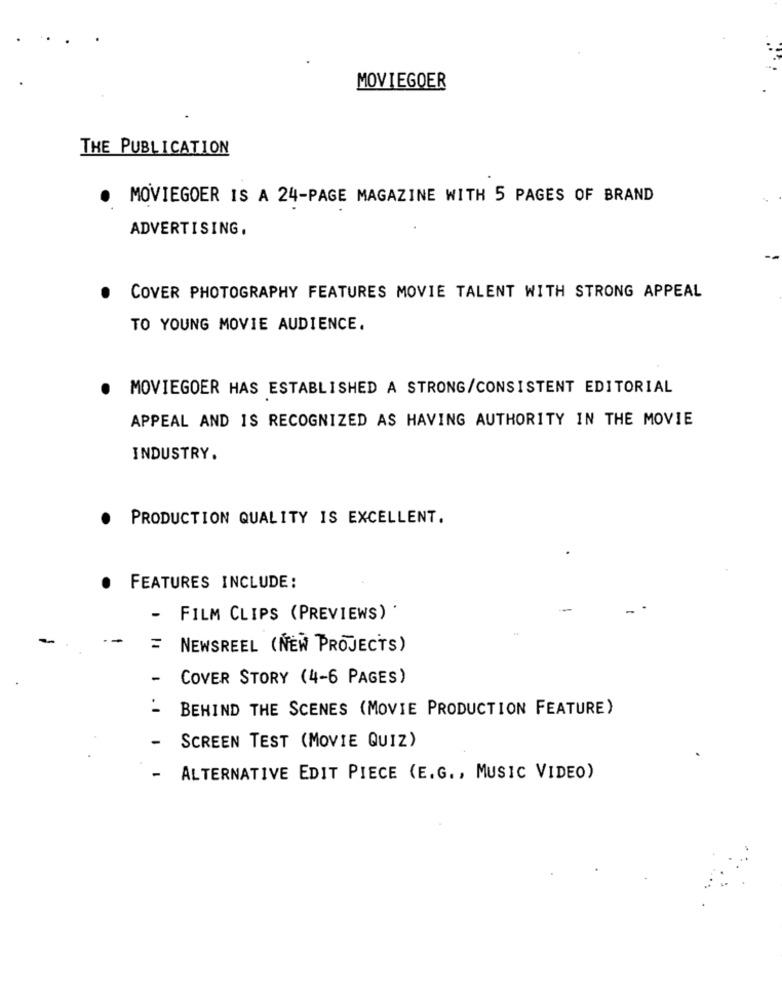
MOVIEGOER
THE PUBLICATION
. MOVIEGOER IS A 24-PAGE MAGAZINE WITH 5 PAGES OF BRAND
ADVERTISING,
COVER PHOTOGRAPHY FEATURES MOVIE TALENT WITH STRONG APPEAL
TO YOUNG MOVIE AUDIENCE.
MOVIEGOER HAS ESTABLISHED A STRONG/CONSISTENT EDITORIAL
.
APPEAL AND IS RECOGNIZED AS HAVING AUTHORITY IN THE MOVIE
INDUSTRY.
PRODUCTION QUALITY IS EXCELLENT.
.
FEATURES INCLUDE:
-
FILM CLIPS (PREVIEWS) .
--
NEWSREEL (NEW PROJECTS)
-
COVER STORY (4-6 PAGES)
BEHIND THE SCENES (MOVIE PRODUCTION FEATURE)
-
SCREEN TEST (MOVIE QUIZ)
-
ALTERNATIVE EDIT PIECE (E.G ., MUSIC VIDEO)